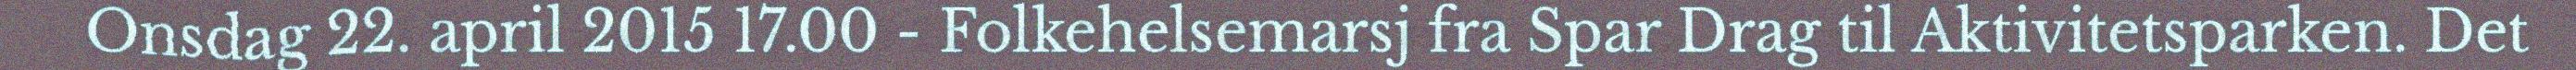
Onsdag 22. april 2015 17.00 - Folkehelsemarsj fra Spar Drag til Aktivitetsparken. Det